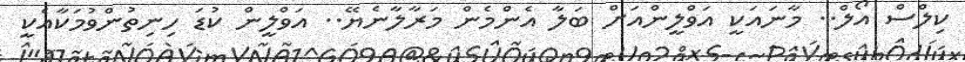
ކިލްސް އޯލް.. މާނައަކީ އަވްލީންއަށް ބަލާ އެންމެން މަރާލާނެޔޭ.. އަވްލީން ކުޑަ ހިނިތުންވުމަކާއެކީ